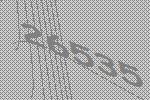
26535